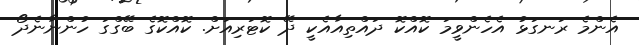
އެންމެ ރަނގަޅު އެހެންވީމަ ކޮއްކޮ ދައްތިއާއެކީ ދޭ ކޮޓަރިއަށް. ކޮއްކޮގެ ބޭގްގަ ހުންނާނެދޯ